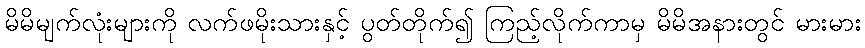
မိမိမျက်လုံးများကို လက်ဖမိုးသားနှင့် ပွတ်တိုက်၍ ကြည့်လိုက်ကာမှ မိမိအနားတွင် မားမား